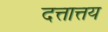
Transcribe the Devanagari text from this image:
दत्तात्तय